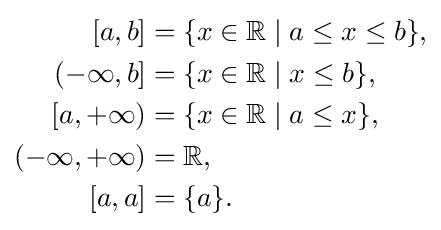
{\begin{aligned}\;[a,b]&=\{x\in \mathbb {R} \mid a\leq x\leq b\},\\\left(-\infty ,b\right]&=\{x\in \mathbb {R} \mid x\leq b\},\\\left[a,+\infty \right)&=\{x\in \mathbb {R} \mid a\leq x\},\\(-\infty ,+\infty )&=\mathbb {R} ,\\\left[a,a\right]&=\{a\}.\end{aligned}}